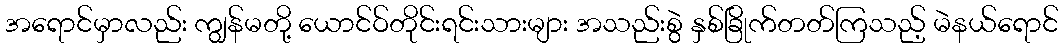
အရောင်မှာလည်း ကျွန်မတို့ ယောင်ဝ်တိုင်းရင်းသားများ အသည်းစွဲ နှစ်ခြိုက်တတ်ကြသည့် မဲနယ်ရောင်